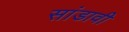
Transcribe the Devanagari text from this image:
सांडावी